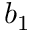
b _ { 1 }